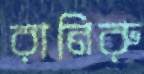
রানিরু